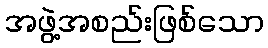
အဖွဲ့အစည်းဖြစ်သော